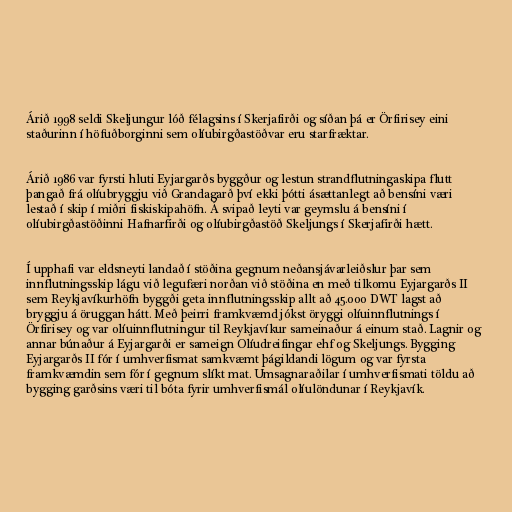
Árið 1998 seldi Skeljungur lóð félagsins í Skerjafirði og síðan þá er Örfirisey eini
staðurinn í höfuðborginni sem olíubirgðastöðvar eru starfræktar.

Árið 1986 var fyrsti hluti Eyjargarðs byggður og lestun strandflutningaskipa flutt
þangað frá olíubryggju við Grandagarð því ekki þótti ásættanlegt að bensíni væri
lestað í skip í miðri fiskiskipahöfn. Á svipað leyti var geymslu á bensíni í
olíubirgðastöðinni Hafnarfirði og olíubirgðastöð Skeljungs í Skerjafirði hætt.

Í upphafi var eldsneyti landað í stöðina gegnum neðansjávarleiðslur þar sem
innflutningsskip lágu við legufæri norðan við stöðina en með tilkomu Eyjargarðs II
sem Reykjavíkurhöfn byggði geta innflutningsskip allt að 45.000 DWT lagst að
bryggju á öruggan hátt. Með þeirri framkvæmd jókst öryggi olíuinnflutnings í
Örfirisey og var olíuinnflutningur til Reykjavíkur sameinaður á einum stað. Lagnir og
annar búnaður á Eyjargarði er sameign Olíudreifingar ehf og Skeljungs. Bygging
Eyjargarðs II fór í umhverfismat samkvæmt þágildandi lögum og var fyrsta
framkvæmdin sem fór í gegnum slíkt mat. Umsagnaraðilar í umhverfismati töldu að
bygging garðsins væri til bóta fyrir umhverfismál olíulöndunar í Reykjavík.